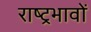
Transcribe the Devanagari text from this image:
राष्ट्रभावों